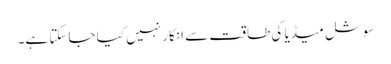
سوشل میڈیا کی طاقت سے انکار نہیں کیا جاسکتا ہے۔